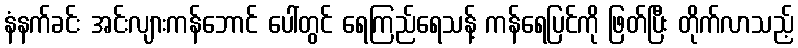
နံနက်ခင်း အင်းလျားကန်ဘောင် ပေါ်တွင် ရေကြည်ရေသန့် ကန်ရေပြင်ကို ဖြတ်ပြီး တိုက်လာသည့်